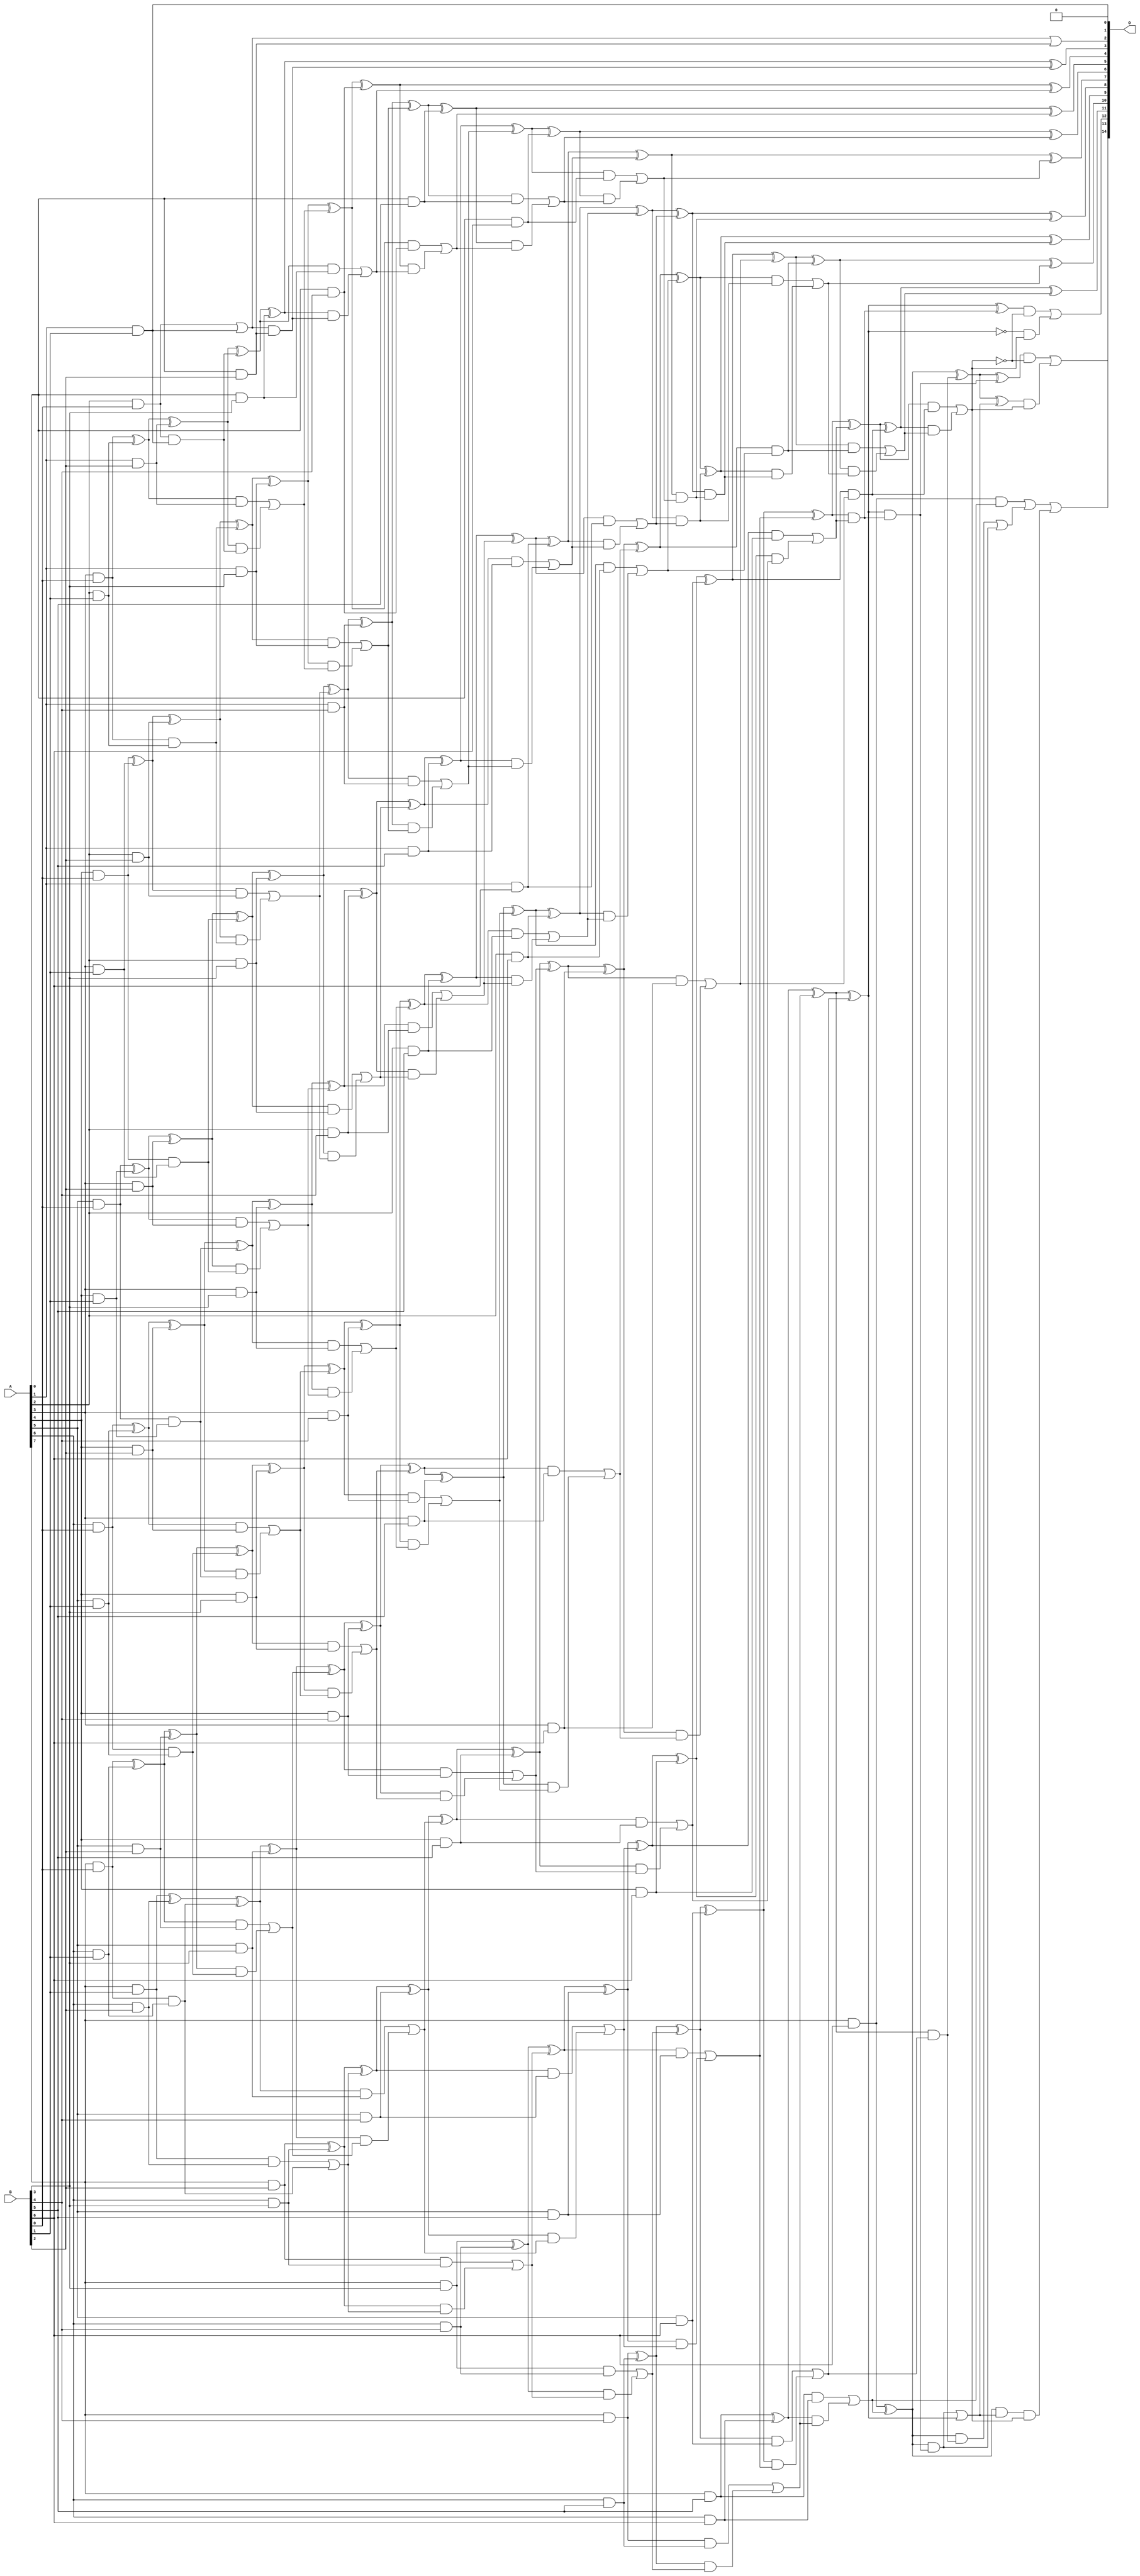
// This program was cloned from: https://github.com/ehw-fit/evoapproxlib
// License: MIT License

/***
* This code is a part of EvoApproxLib library (ehw.fit.vutbr.cz/approxlib) distributed under The MIT License.
* When used, please cite the following article(s): V. Mrazek, L. Sekanina, Z. Vasicek "Libraries of Approximate Circuits: Automated Design and Application in CNN Accelerators" IEEE Journal on Emerging and Selected Topics in Circuits and Systems, Vol 10, No 4, 2020 
* This file contains a circuit from a sub-set of pareto optimal circuits with respect to the pwr and mre parameters
***/
// MAE% = 0.0033 %
// MAE = 1.1 
// WCE% = 0.012 %
// WCE = 4.0 
// WCRE% = 100.00 %
// EP% = 53.12 %
// MRE% = 0.13 %
// MSE = 2.8 
// PDK45_PWR = 0.323 mW
// PDK45_AREA = 582.9 um2
// PDK45_DELAY = 1.37 ns

module mul8x7u_3UT (
    A,
    B,
    O
);

input [7:0] A;
input [6:0] B;
output [14:0] O;

wire sig_17,sig_18,sig_19,sig_20,sig_21,sig_22,sig_23,sig_24,sig_25,sig_26,sig_27,sig_28,sig_29,sig_30,sig_33,sig_34,sig_35,sig_36,sig_37,sig_38;
wire sig_39,sig_40,sig_41,sig_42,sig_43,sig_44,sig_45,sig_46,sig_47,sig_48,sig_49,sig_50,sig_51,sig_52,sig_53,sig_55,sig_58,sig_59,sig_60,sig_61;
wire sig_62,sig_63,sig_64,sig_65,sig_66,sig_67,sig_68,sig_69,sig_70,sig_71,sig_72,sig_73,sig_74,sig_75,sig_76,sig_77,sig_78,sig_79,sig_80,sig_81;
wire sig_82,sig_83,sig_84,sig_86,sig_87,sig_88,sig_89,sig_90,sig_91,sig_92,sig_93,sig_94,sig_95,sig_96,sig_97,sig_98,sig_99,sig_100,sig_101,sig_102;
wire sig_103,sig_104,sig_105,sig_106,sig_107,sig_108,sig_109,sig_110,sig_111,sig_112,sig_113,sig_114,sig_115,sig_116,sig_117,sig_118,sig_119,sig_120,sig_121,sig_122;
wire sig_123,sig_124,sig_125,sig_126,sig_127,sig_128,sig_129,sig_130,sig_131,sig_132,sig_133,sig_134,sig_135,sig_136,sig_137,sig_138,sig_139,sig_140,sig_141,sig_142;
wire sig_143,sig_144,sig_145,sig_146,sig_147,sig_148,sig_149,sig_150,sig_151,sig_152,sig_153,sig_154,sig_155,sig_156,sig_157,sig_158,sig_159,sig_160,sig_161,sig_162;
wire sig_163,sig_164,sig_165,sig_166,sig_167,sig_168,sig_169,sig_170,sig_171,sig_172,sig_173,sig_174,sig_175,sig_176,sig_177,sig_178,sig_179,sig_180,sig_181,sig_182;
wire sig_183,sig_184,sig_185,sig_186,sig_187,sig_188,sig_189,sig_190,sig_191,sig_192,sig_193,sig_194,sig_195,sig_196,sig_197,sig_198,sig_199,sig_200,sig_201,sig_202;
wire sig_203,sig_204,sig_205,sig_206,sig_207,sig_208,sig_209,sig_210,sig_211,sig_212,sig_213,sig_214,sig_215,sig_216,sig_217,sig_218,sig_219,sig_220,sig_221,sig_222;
wire sig_223,sig_224,sig_225,sig_226,sig_227,sig_228,sig_229,sig_230,sig_231,sig_232,sig_233,sig_234,sig_235,sig_236,sig_237,sig_238,sig_239,sig_240,sig_241,sig_242;
wire sig_243,sig_244,sig_245,sig_246,sig_247,sig_248,sig_249,sig_250,sig_251,sig_252,sig_253,sig_254,sig_255,sig_256,sig_257,sig_258,sig_259,sig_260,sig_261,sig_262;
wire sig_263,sig_264,sig_265,sig_266,sig_267,sig_268,sig_269,sig_270,sig_271,sig_272,sig_273,sig_274,sig_275,sig_276,sig_277,sig_278,sig_279,sig_280,sig_281,sig_282;
wire sig_283,sig_284,sig_285,sig_286,sig_287,sig_288,sig_289,sig_290,sig_291,sig_292,sig_293,sig_294,sig_295,sig_296,sig_297,sig_298,sig_301,sig_302,sig_305,sig_306;
wire sig_309,sig_310,sig_311,sig_312,sig_313,sig_314,sig_315,sig_316,sig_319,sig_320;

assign sig_17 = A[2] & B[0];
assign sig_18 = A[3] & B[0];
assign sig_19 = A[4] & B[0];
assign sig_20 = A[5] & B[0];
assign sig_21 = A[6] & B[0];
assign sig_22 = A[7] & B[0];
assign sig_23 = A[5] & B[1];
assign sig_24 = A[1] & B[1];
assign sig_25 = A[2] & B[1];
assign sig_26 = A[3] & B[1];
assign sig_27 = A[4] & B[1];
assign sig_28 = A[5] & B[1];
assign sig_29 = A[6] & B[1];
assign sig_30 = A[7] & B[1];
assign sig_33 = sig_17 & sig_24;
assign sig_34 = sig_17 | sig_24;
assign sig_35 = sig_18 & sig_25;
assign sig_36 = sig_18 ^ sig_25;
assign sig_37 = sig_19 & sig_26;
assign sig_38 = sig_19 ^ sig_26;
assign sig_39 = sig_20 & sig_27;
assign sig_40 = sig_20 ^ sig_27;
assign sig_41 = sig_21 & sig_28;
assign sig_42 = sig_21 ^ sig_23;
assign sig_43 = sig_22 & sig_29;
assign sig_44 = sig_22 ^ sig_29;
assign sig_45 = A[0] & B[2];
assign sig_46 = A[1] & B[2];
assign sig_47 = A[2] & B[2];
assign sig_48 = A[3] & B[2];
assign sig_49 = A[4] & B[2];
assign sig_50 = A[5] & B[2];
assign sig_51 = A[6] & B[2];
assign sig_52 = A[7] & B[2];
assign sig_53 = sig_34 | sig_45;
assign sig_55 = sig_34 & sig_45;
assign sig_58 = sig_36 ^ sig_46;
assign sig_59 = sig_36 & sig_46;
assign sig_60 = sig_58 & sig_33;
assign sig_61 = sig_58 ^ sig_33;
assign sig_62 = sig_59 | sig_60;
assign sig_63 = sig_38 ^ sig_47;
assign sig_64 = sig_38 & sig_47;
assign sig_65 = sig_63 & sig_35;
assign sig_66 = sig_63 ^ sig_35;
assign sig_67 = sig_64 | sig_65;
assign sig_68 = sig_40 ^ sig_48;
assign sig_69 = sig_40 & sig_48;
assign sig_70 = sig_68 & sig_37;
assign sig_71 = sig_68 ^ sig_37;
assign sig_72 = sig_69 | sig_70;
assign sig_73 = sig_42 ^ sig_49;
assign sig_74 = sig_42 & sig_49;
assign sig_75 = sig_73 & sig_39;
assign sig_76 = sig_73 ^ sig_39;
assign sig_77 = sig_74 | sig_75;
assign sig_78 = sig_44 ^ sig_50;
assign sig_79 = sig_44 & sig_50;
assign sig_80 = sig_78 & sig_41;
assign sig_81 = sig_78 ^ sig_41;
assign sig_82 = sig_79 | sig_80;
assign sig_83 = sig_30 ^ sig_51;
assign sig_84 = sig_30 & sig_51;
assign sig_86 = sig_83 ^ sig_43;
assign sig_87 = sig_84 | sig_43;
assign sig_88 = A[0] & B[3];
assign sig_89 = A[1] & B[3];
assign sig_90 = A[2] & B[3];
assign sig_91 = A[3] & B[3];
assign sig_92 = A[4] & B[3];
assign sig_93 = A[5] & B[3];
assign sig_94 = A[6] & B[3];
assign sig_95 = A[7] & B[3];
assign sig_96 = sig_61 ^ sig_88;
assign sig_97 = sig_61 & sig_88;
assign sig_98 = sig_96 & sig_55;
assign sig_99 = sig_96 ^ sig_55;
assign sig_100 = sig_97 | sig_98;
assign sig_101 = sig_66 ^ sig_89;
assign sig_102 = sig_66 & sig_89;
assign sig_103 = sig_101 & sig_62;
assign sig_104 = sig_101 ^ sig_62;
assign sig_105 = sig_102 | sig_103;
assign sig_106 = sig_71 ^ sig_90;
assign sig_107 = sig_71 & sig_90;
assign sig_108 = sig_106 & sig_67;
assign sig_109 = sig_106 ^ sig_67;
assign sig_110 = sig_107 | sig_108;
assign sig_111 = sig_76 ^ sig_91;
assign sig_112 = sig_76 & sig_91;
assign sig_113 = sig_111 & sig_72;
assign sig_114 = sig_111 ^ sig_72;
assign sig_115 = sig_112 | sig_113;
assign sig_116 = sig_81 ^ sig_92;
assign sig_117 = sig_81 & sig_92;
assign sig_118 = sig_116 & sig_77;
assign sig_119 = sig_116 ^ sig_77;
assign sig_120 = sig_117 | sig_118;
assign sig_121 = sig_86 ^ sig_93;
assign sig_122 = sig_86 & sig_93;
assign sig_123 = sig_121 & sig_82;
assign sig_124 = sig_121 ^ sig_82;
assign sig_125 = sig_122 | sig_123;
assign sig_126 = sig_52 ^ sig_94;
assign sig_127 = sig_52 & sig_94;
assign sig_128 = sig_126 & sig_87;
assign sig_129 = sig_126 ^ sig_87;
assign sig_130 = sig_127 | sig_128;
assign sig_131 = A[0] & B[4];
assign sig_132 = A[1] & B[4];
assign sig_133 = A[2] & B[4];
assign sig_134 = A[3] & B[4];
assign sig_135 = A[4] & B[4];
assign sig_136 = A[5] & B[4];
assign sig_137 = A[6] & B[4];
assign sig_138 = A[7] & B[4];
assign sig_139 = sig_104 ^ sig_131;
assign sig_140 = sig_104 & sig_131;
assign sig_141 = sig_139 & sig_100;
assign sig_142 = sig_139 ^ sig_100;
assign sig_143 = sig_140 | sig_141;
assign sig_144 = sig_109 ^ sig_132;
assign sig_145 = sig_109 & sig_132;
assign sig_146 = sig_144 & sig_105;
assign sig_147 = sig_144 ^ sig_105;
assign sig_148 = sig_145 | sig_146;
assign sig_149 = sig_114 ^ sig_133;
assign sig_150 = sig_114 & sig_133;
assign sig_151 = sig_149 & sig_110;
assign sig_152 = sig_149 ^ sig_110;
assign sig_153 = sig_150 | sig_151;
assign sig_154 = sig_119 ^ sig_134;
assign sig_155 = sig_119 & sig_134;
assign sig_156 = sig_154 & sig_115;
assign sig_157 = sig_154 ^ sig_115;
assign sig_158 = sig_155 | sig_156;
assign sig_159 = sig_124 ^ sig_135;
assign sig_160 = sig_124 & sig_135;
assign sig_161 = sig_159 & sig_120;
assign sig_162 = sig_159 ^ sig_120;
assign sig_163 = sig_160 | sig_161;
assign sig_164 = sig_129 ^ sig_136;
assign sig_165 = sig_129 & sig_136;
assign sig_166 = sig_164 & sig_125;
assign sig_167 = sig_164 ^ sig_125;
assign sig_168 = sig_165 | sig_166;
assign sig_169 = sig_95 ^ sig_137;
assign sig_170 = sig_95 & sig_137;
assign sig_171 = sig_169 & sig_130;
assign sig_172 = sig_169 ^ sig_130;
assign sig_173 = sig_170 | sig_171;
assign sig_174 = A[0] & B[5];
assign sig_175 = A[1] & B[5];
assign sig_176 = A[2] & B[5];
assign sig_177 = A[3] & B[5];
assign sig_178 = A[4] & B[5];
assign sig_179 = A[5] & B[5];
assign sig_180 = A[6] & B[5];
assign sig_181 = A[7] & B[5];
assign sig_182 = sig_147 ^ sig_174;
assign sig_183 = sig_147 & sig_174;
assign sig_184 = sig_182 & sig_143;
assign sig_185 = sig_182 ^ sig_143;
assign sig_186 = sig_183 | sig_184;
assign sig_187 = sig_152 ^ sig_175;
assign sig_188 = sig_152 & sig_175;
assign sig_189 = sig_187 & sig_148;
assign sig_190 = sig_187 ^ sig_148;
assign sig_191 = sig_188 | sig_189;
assign sig_192 = sig_157 ^ sig_176;
assign sig_193 = sig_157 & sig_176;
assign sig_194 = sig_192 & sig_153;
assign sig_195 = sig_192 ^ sig_153;
assign sig_196 = sig_193 | sig_194;
assign sig_197 = sig_162 ^ sig_177;
assign sig_198 = sig_162 & sig_177;
assign sig_199 = sig_197 & sig_158;
assign sig_200 = sig_197 ^ sig_158;
assign sig_201 = sig_198 | sig_199;
assign sig_202 = sig_167 ^ sig_178;
assign sig_203 = sig_167 & sig_178;
assign sig_204 = sig_202 & sig_163;
assign sig_205 = sig_202 ^ sig_163;
assign sig_206 = sig_203 | sig_204;
assign sig_207 = sig_172 ^ sig_179;
assign sig_208 = sig_172 & sig_179;
assign sig_209 = sig_207 & sig_168;
assign sig_210 = sig_207 ^ sig_168;
assign sig_211 = sig_208 | sig_209;
assign sig_212 = sig_138 ^ sig_180;
assign sig_213 = sig_138 & sig_180;
assign sig_214 = sig_212 & sig_173;
assign sig_215 = sig_212 ^ sig_173;
assign sig_216 = sig_213 | sig_214;
assign sig_217 = A[0] & B[6];
assign sig_218 = A[1] & B[6];
assign sig_219 = A[2] & B[6];
assign sig_220 = A[3] & B[6];
assign sig_221 = A[4] & B[6];
assign sig_222 = A[5] & B[6];
assign sig_223 = A[6] & B[6];
assign sig_224 = A[7] & B[6];
assign sig_225 = sig_190 ^ sig_217;
assign sig_226 = sig_190 & sig_217;
assign sig_227 = sig_225 & sig_186;
assign sig_228 = sig_225 ^ sig_186;
assign sig_229 = sig_226 | sig_227;
assign sig_230 = sig_195 ^ sig_218;
assign sig_231 = sig_195 & sig_218;
assign sig_232 = sig_230 & sig_191;
assign sig_233 = sig_230 ^ sig_191;
assign sig_234 = sig_231 | sig_232;
assign sig_235 = sig_200 ^ sig_219;
assign sig_236 = sig_200 & sig_219;
assign sig_237 = sig_235 & sig_196;
assign sig_238 = sig_235 ^ sig_196;
assign sig_239 = sig_236 | sig_237;
assign sig_240 = sig_205 ^ sig_220;
assign sig_241 = sig_205 & sig_220;
assign sig_242 = sig_240 & sig_201;
assign sig_243 = sig_240 ^ sig_201;
assign sig_244 = sig_241 | sig_242;
assign sig_245 = sig_210 ^ sig_221;
assign sig_246 = sig_210 & sig_221;
assign sig_247 = sig_245 & sig_206;
assign sig_248 = sig_245 ^ sig_206;
assign sig_249 = sig_246 | sig_247;
assign sig_250 = sig_215 ^ sig_222;
assign sig_251 = sig_215 & sig_222;
assign sig_252 = sig_250 & sig_211;
assign sig_253 = sig_250 ^ sig_211;
assign sig_254 = sig_251 | sig_252;
assign sig_255 = sig_181 ^ sig_223;
assign sig_256 = sig_181 & sig_223;
assign sig_257 = sig_255 & sig_216;
assign sig_258 = sig_255 ^ sig_216;
assign sig_259 = sig_256 | sig_257;
assign sig_260 = sig_233 & sig_229;
assign sig_261 = sig_233 ^ sig_229;
assign sig_262 = sig_238 & sig_234;
assign sig_263 = sig_238 ^ sig_234;
assign sig_264 = sig_243 & sig_239;
assign sig_265 = sig_243 ^ sig_239;
assign sig_266 = sig_248 & sig_244;
assign sig_267 = sig_248 ^ sig_244;
assign sig_268 = sig_253 & sig_249;
assign sig_269 = sig_253 ^ sig_249;
assign sig_270 = sig_258 & sig_254;
assign sig_271 = sig_258 ^ sig_254;
assign sig_272 = sig_224 & sig_259;
assign sig_273 = sig_224 ^ sig_259;
assign sig_274 = sig_263 ^ sig_260;
assign sig_275 = sig_263 & sig_260;
assign sig_276 = sig_265 ^ sig_262;
assign sig_277 = sig_265 & sig_262;
assign sig_278 = sig_276 & sig_275;
assign sig_279 = sig_276 ^ sig_275;
assign sig_280 = sig_277 | sig_278;
assign sig_281 = sig_267 ^ sig_264;
assign sig_282 = sig_267 & sig_264;
assign sig_283 = sig_281 & sig_280;
assign sig_284 = sig_281 ^ sig_280;
assign sig_285 = sig_282 | sig_283;
assign sig_286 = sig_269 ^ sig_266;
assign sig_287 = sig_269 & sig_266;
assign sig_288 = sig_286 & sig_285;
assign sig_289 = sig_286 ^ sig_285;
assign sig_290 = sig_287 | sig_288;
assign sig_291 = sig_271 ^ sig_268;
assign sig_292 = sig_271 & sig_268;
assign sig_293 = sig_273 ^ sig_270;
assign sig_294 = sig_273 & sig_270;
assign sig_295 = sig_273 & sig_292;
assign sig_296 = sig_293 ^ sig_292;
assign sig_297 = sig_294 | sig_295;
assign sig_298 = sig_272 | sig_297;
assign sig_301 = ~sig_271;
assign sig_302 = sig_295 | sig_271;
assign sig_305 = sig_273 & sig_302;
assign sig_306 = sig_293 ^ sig_302;
assign sig_309 = ~sig_290;
assign sig_310 = sig_291 & sig_309;
assign sig_311 = sig_301 & sig_290;
assign sig_312 = sig_310 | sig_311;
assign sig_313 = ~sig_290;
assign sig_314 = sig_296 & sig_313;
assign sig_315 = sig_306 & sig_290;
assign sig_316 = sig_314 | sig_315;
assign sig_319 = sig_305 & sig_290;
assign sig_320 = sig_298 | sig_319;

assign O[14] = sig_320;
assign O[13] = sig_316;
assign O[12] = sig_312;
assign O[11] = sig_289;
assign O[10] = sig_284;
assign O[9] = sig_279;
assign O[8] = sig_274;
assign O[7] = sig_261;
assign O[6] = sig_228;
assign O[5] = sig_185;
assign O[4] = sig_142;
assign O[3] = sig_99;
assign O[2] = sig_53;
assign O[1] = 1'b0;
assign O[0] = sig_24;

endmodule